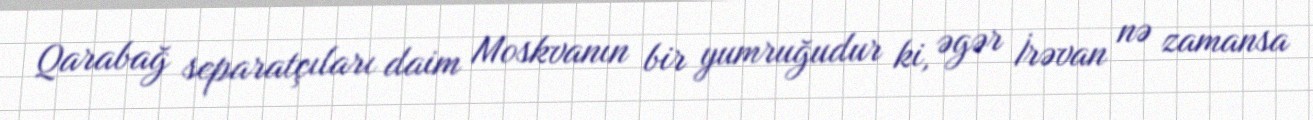
Qarabağ separatçıları daim Moskvanın bir yumruğudur ki, əgər İrəvan nə zamansa